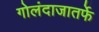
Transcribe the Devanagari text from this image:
गोलंदाजातर्फे